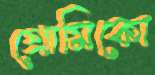
গ্রোমিকো